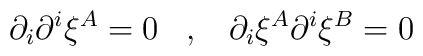
\partial_{i}\partial^{i}\xi^{A}=0 \;\;\;,\;\;\; \partial_{i}\xi^{A}\partial^{i}\xi^{B}=0